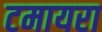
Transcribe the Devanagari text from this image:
टमायरा